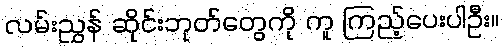
လမ်းညွှန် ဆိုင်းဘုတ်တွေကို ကူ ကြည့်ပေးပါဦး။